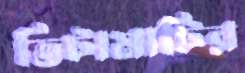
ভিটামাটির